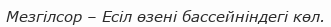
Мезгілсор – Есіл өзені бассейніндегі көл.